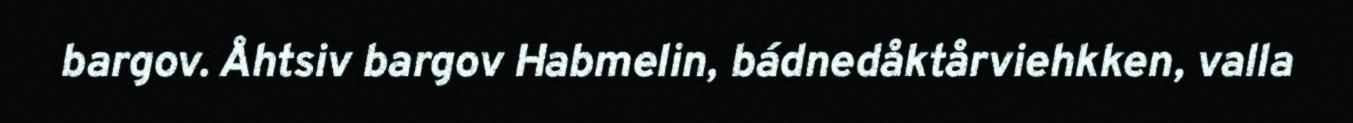
bargov. Åhtsiv bargov Habmelin, bádnedåktårviehkken, valla